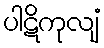
ပါဋိကုလျံ